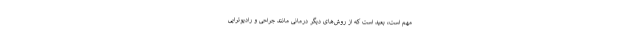
مهم است، بعید است که از روش‌های دیگر درمانی مانند جراحی و رادیوتراپی